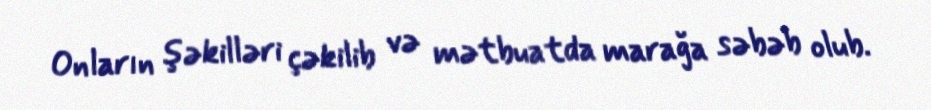
Onların şəkilləri çəkilib və mətbuatda marağa səbəb olub.